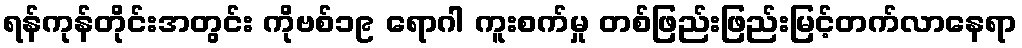
ရန်ကုန်တိုင်းအတွင်း ကိုဗစ်၁၉ ရောဂါ ကူးစက်မှု တစ်ဖြည်းဖြည်းမြင့်တက်လာနေရာ